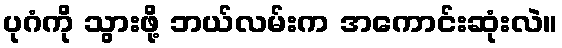
ပုဂံကို သွားဖို့ ဘယ်လမ်းက အကောင်းဆုံးလဲ။